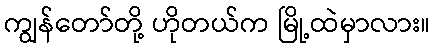
ကျွန်တော်တို့ ဟိုတယ်က မြို့ထဲမှာလား။